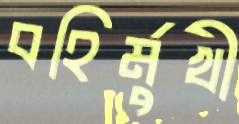
বহির্মুখী